Bréfritari: Ásgeir Tryggvi Friðgeirsson
Dagsetning: A-1895-05-20
Skrifað á: Hofi  N-Múl.

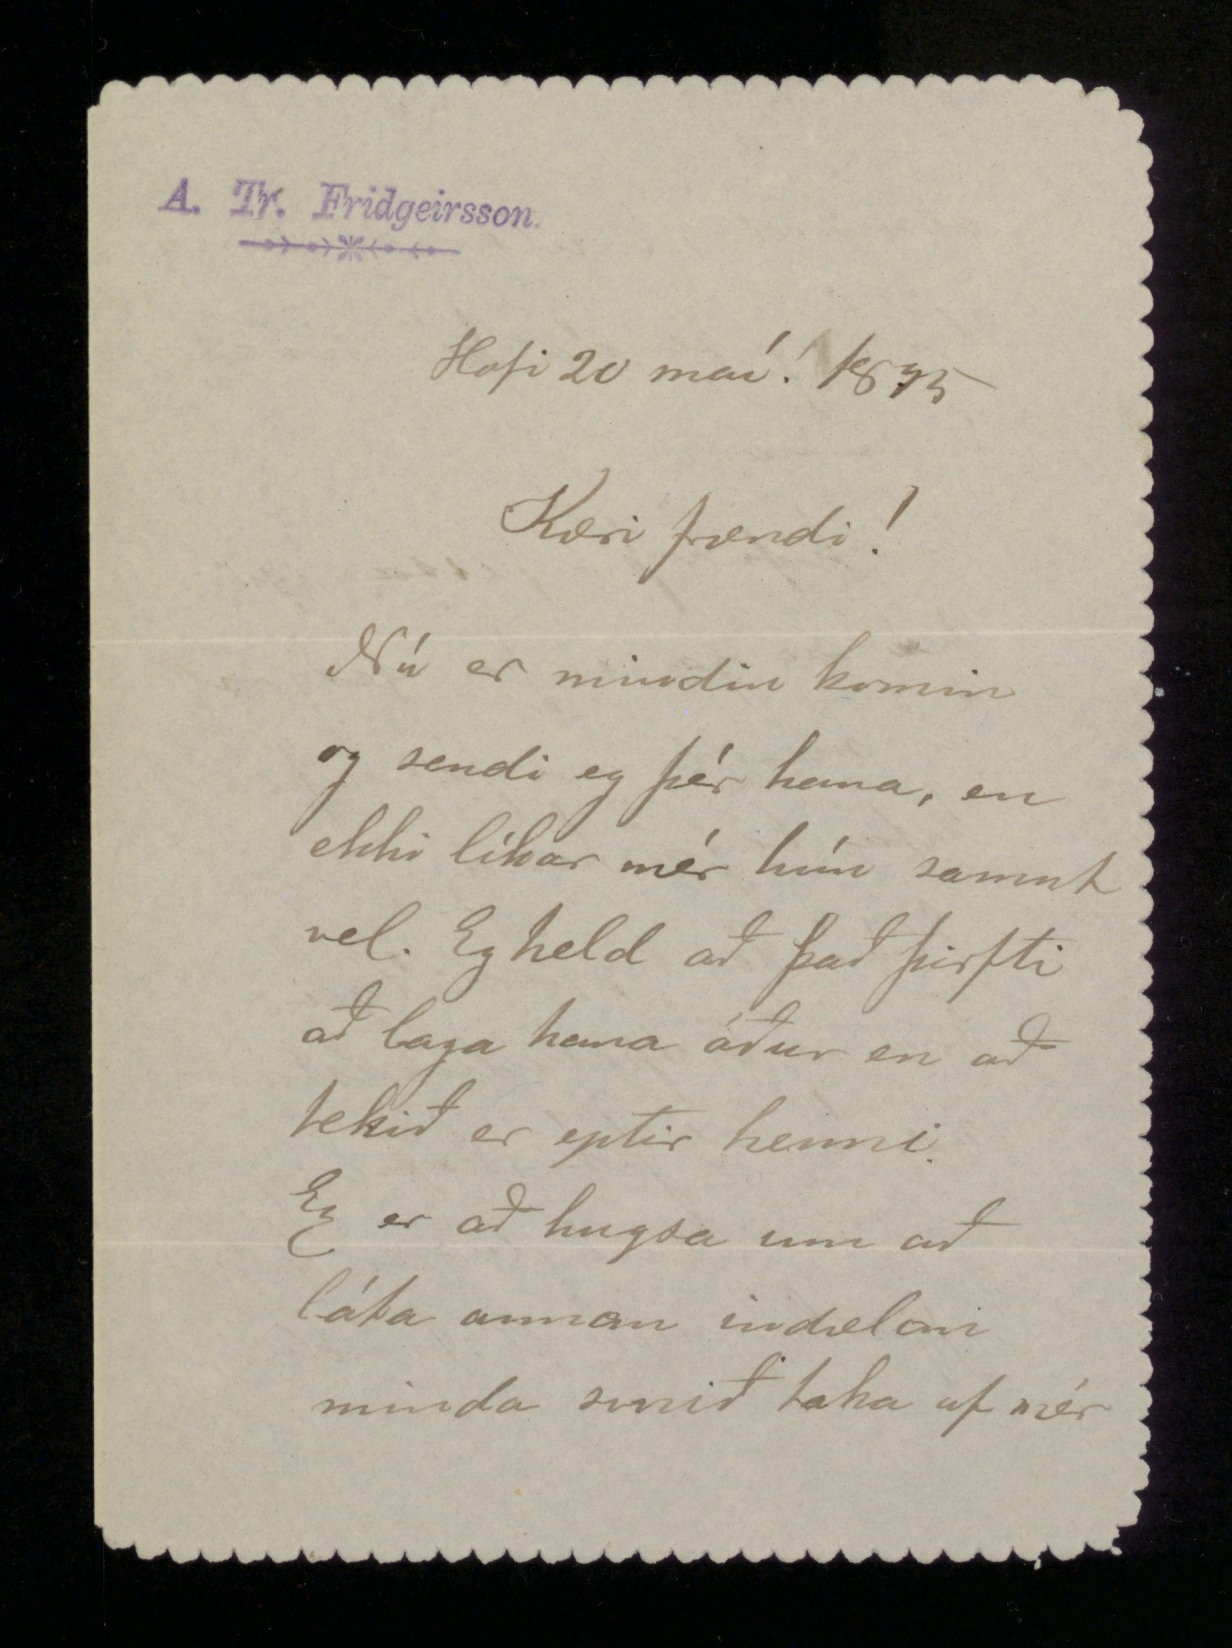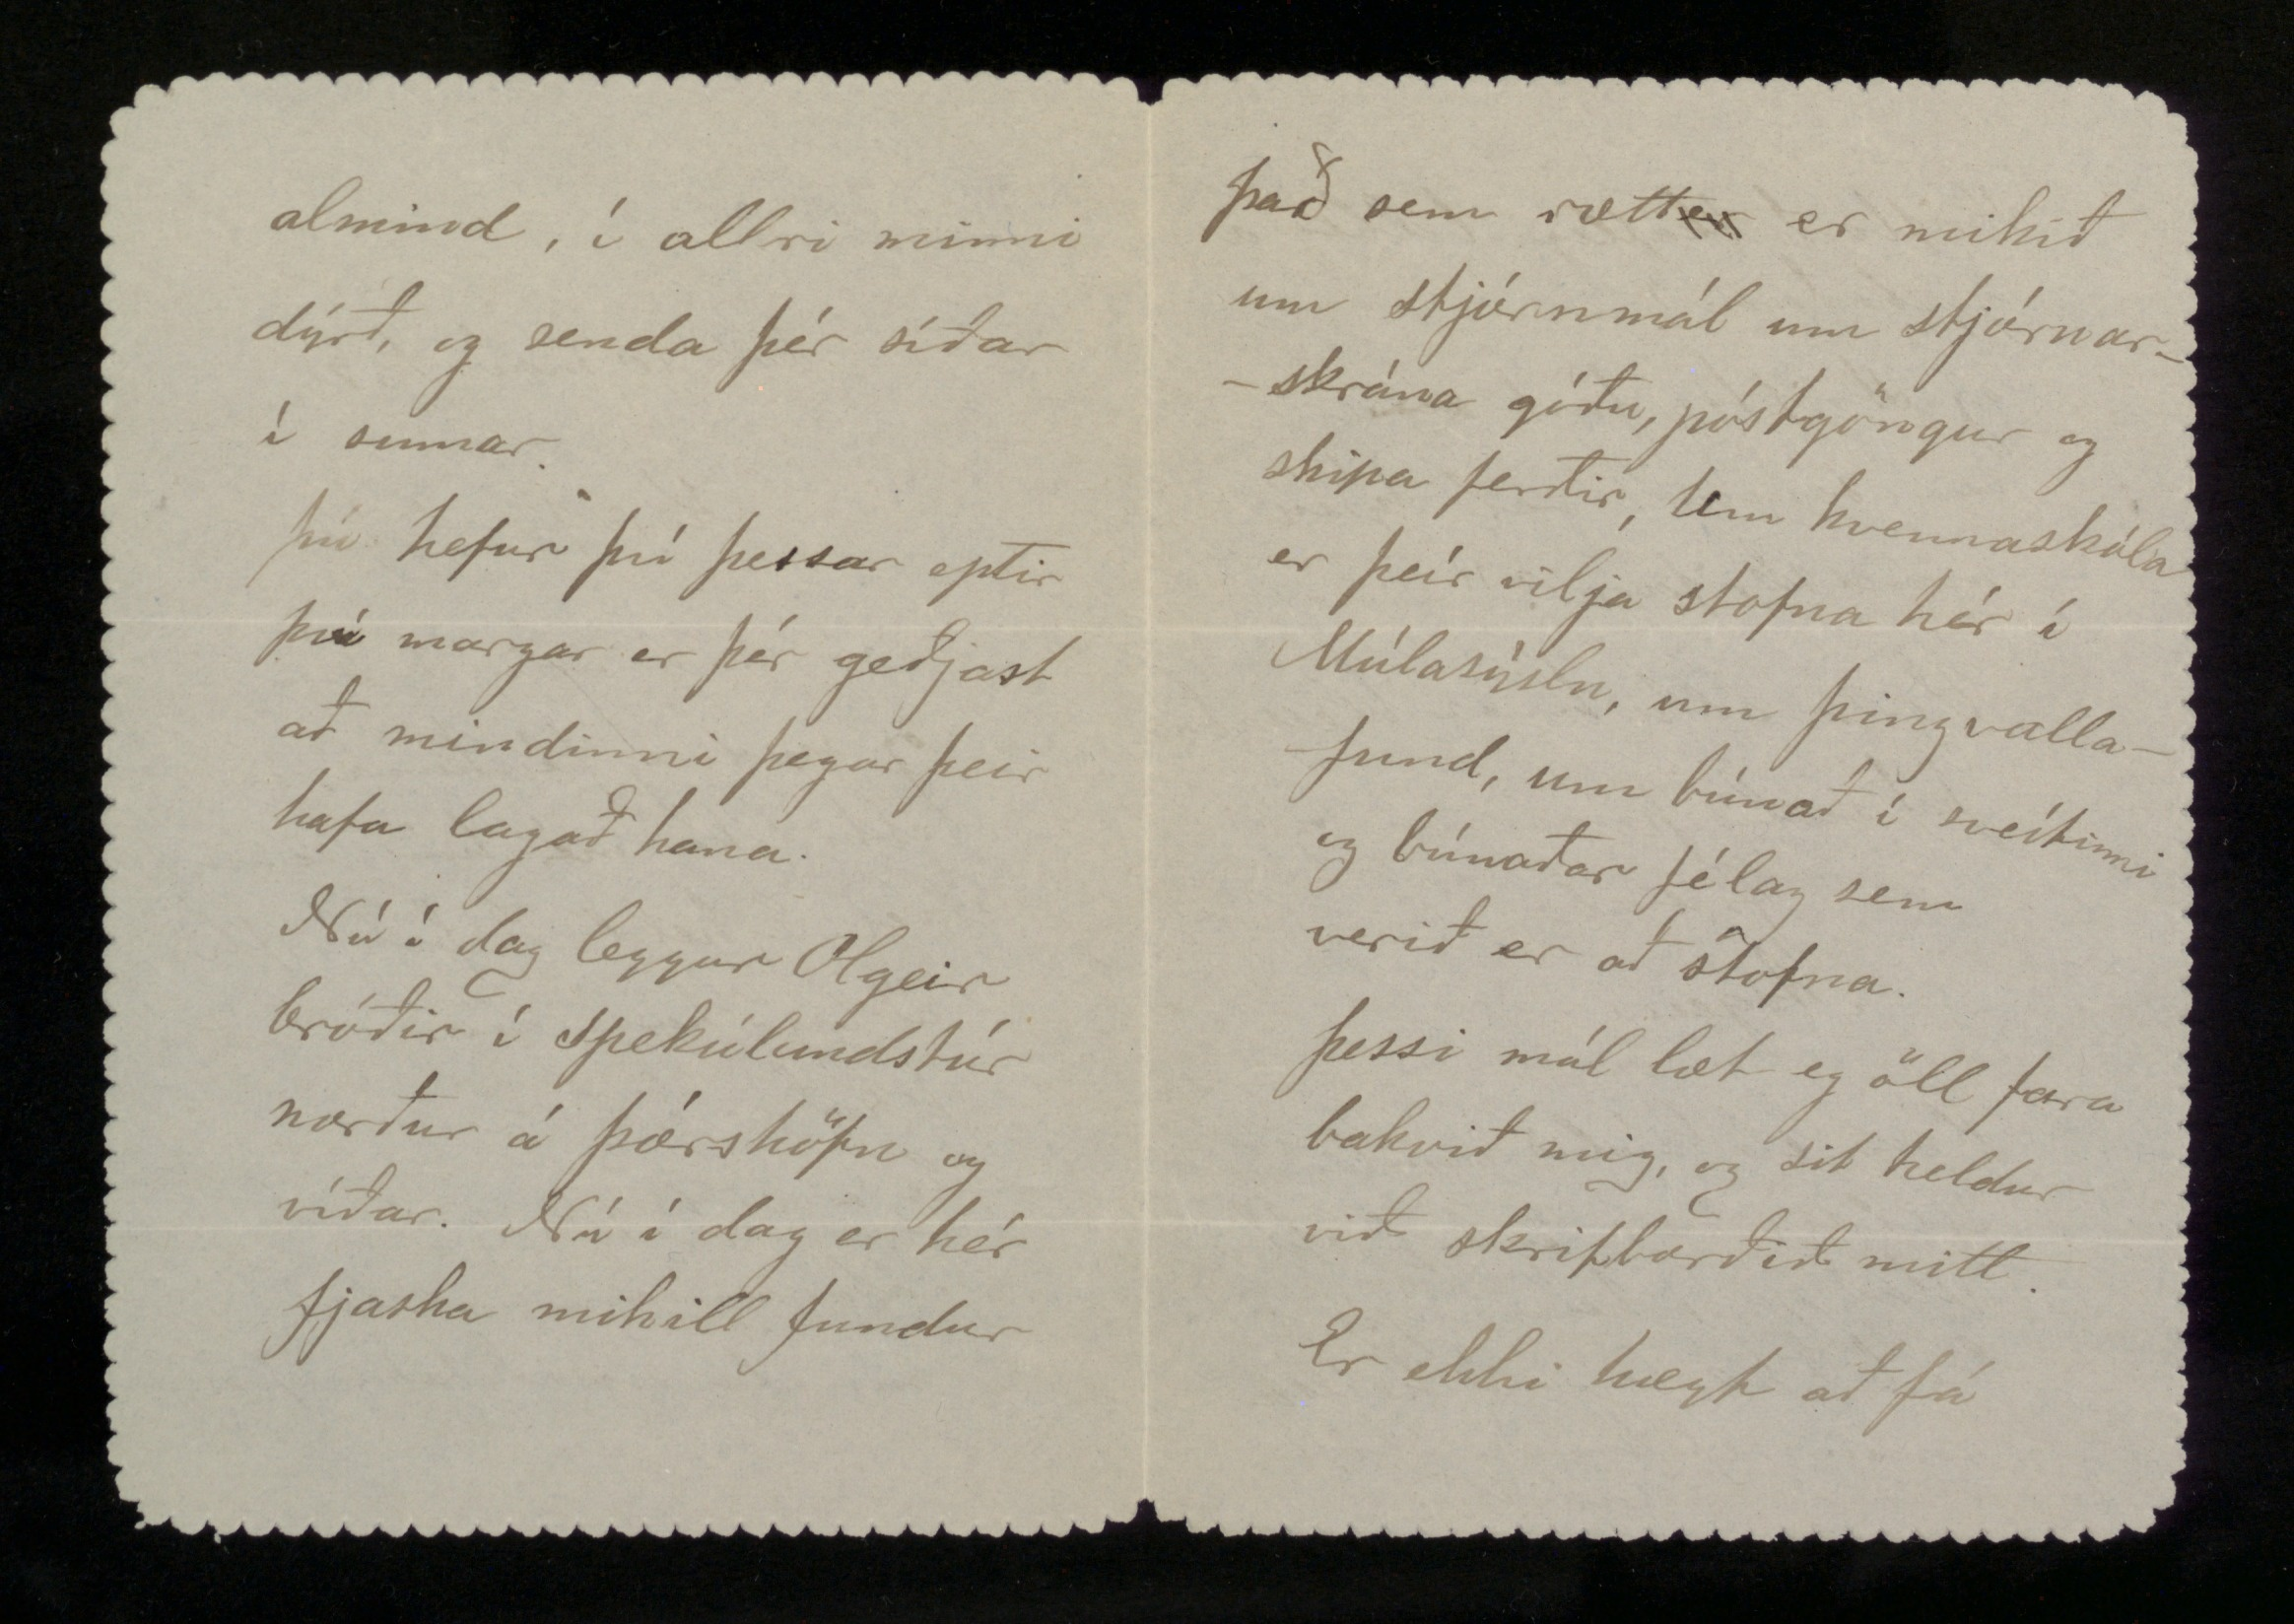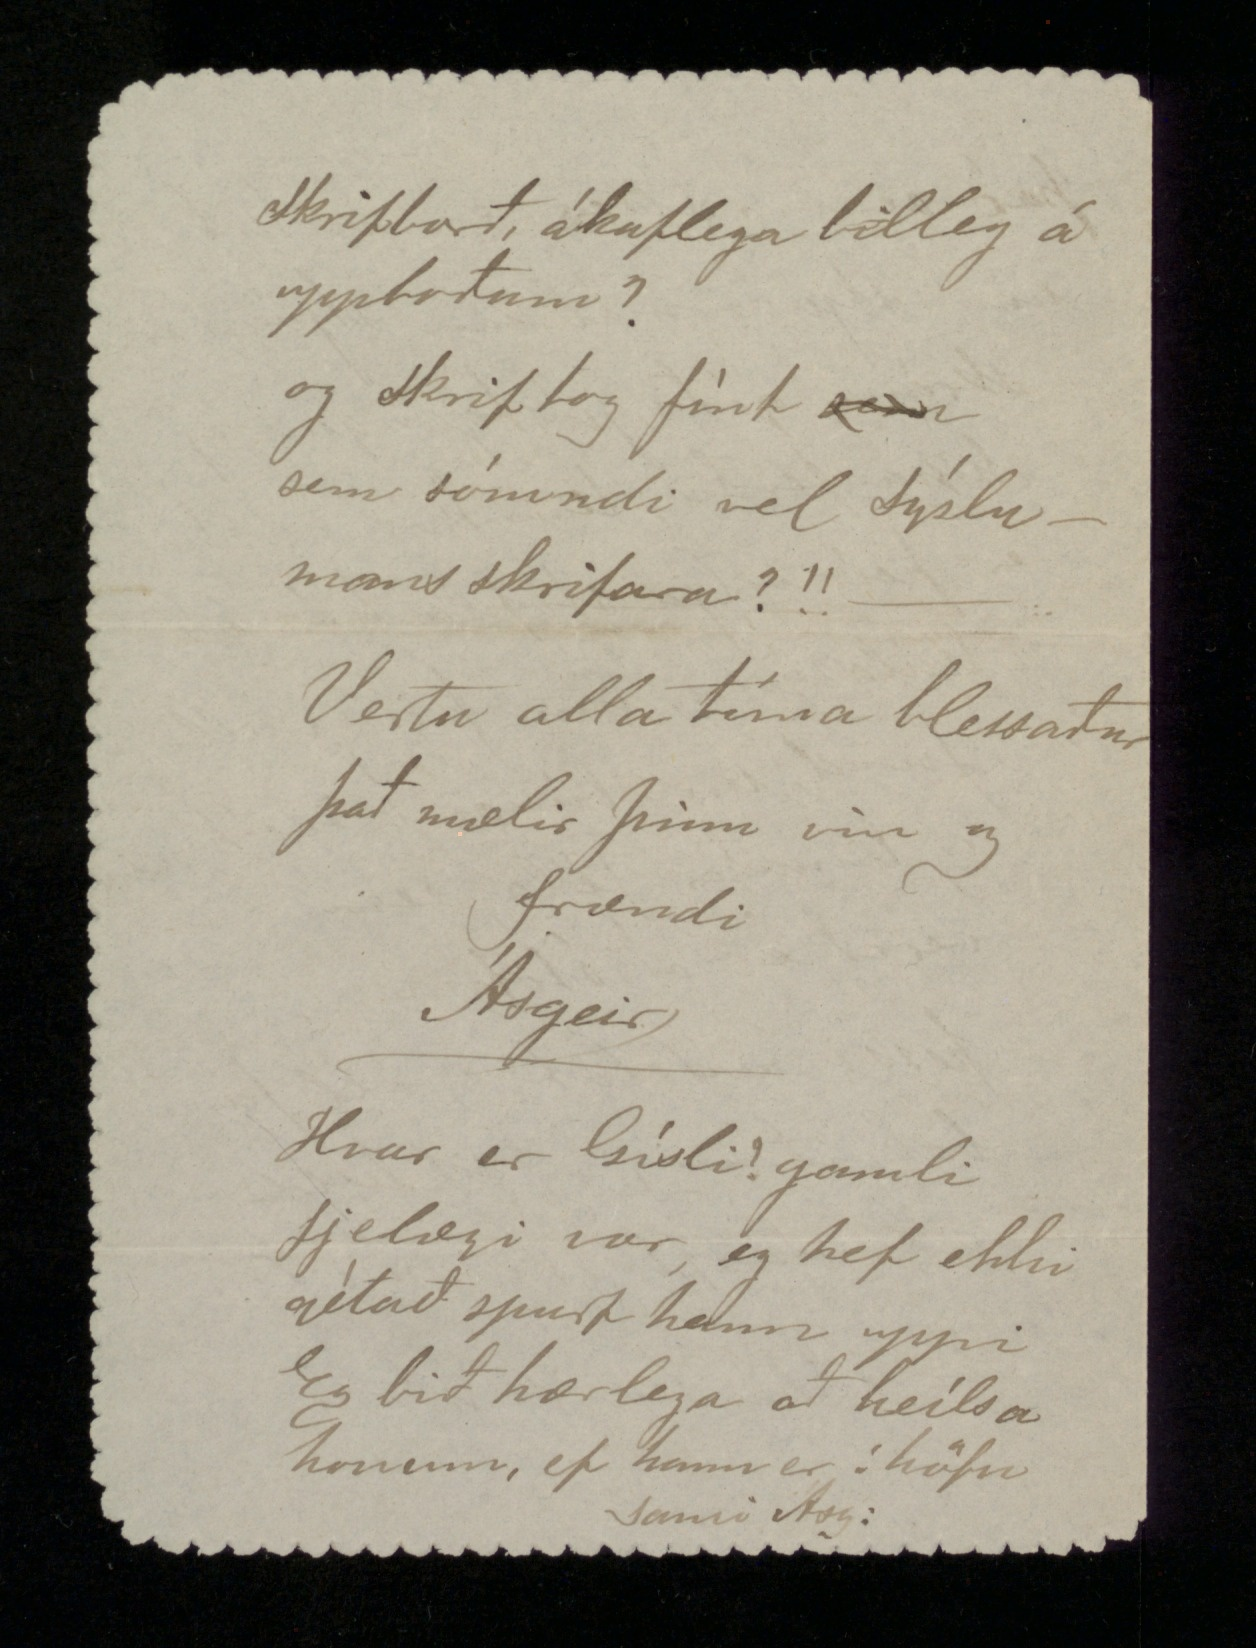

Hofi 20 maí 1895
Kæri frændi!
Nú er mindin komin og sendi eg þér hana, en ekki líkar mér hún samt vel. Eg held að það þirfti að laga hana áður en að tekið er eptir henni. Eg er að hugsa um að láta annan indælan minda smið taka af mér
almind, í allri minni dýrð, og senda þér síðar í sumar.
Nú hefur þú þessar eptir því margar er þér geðjast að mindinni þegar þeir hafa lagað hana.
Nú í dag leggur Olgeir bróðir í Spekúlundstúr norður í Þórshöfn og víðar. Nú í dag er hér fjarska mikill fundur
það sem rætt
er
er mikið um stjórnmál um stjórnarskrána góðu, póstgöngur og skipa ferðir, Um kvennaskóla er þeir vilja stofna hér í Múlasýslu, um Þinvallafund, um búnað í sveitinni og búnaðar félag sem verið er að stofna. Þessi mál læt eg öll fara bakvið mig, og sit heldur við skrifborðið mitt. Er ekki hægt að fá
skrifborð, ákaflega billeg á uppboðum? og
skriftog
fínt sem sómandi vel Sýslusmansskrifara?!! -
Vertu alla tíma blessaður það mælir þinn vin og frændi
Ásgeir
Hvar er Gísli? gamli fjelagi vor, eg hef ekki gétað spurt hann uppi Eg bið kærlega að heilsa honum, ef hann erí höfn
Sami Ás: